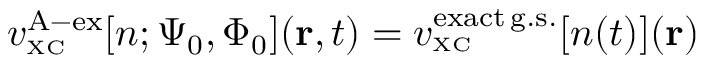
v _ { \scriptscriptstyle \mathrm { X C } } ^ { \mathrm { A - e x } } [ n ; \Psi _ { 0 } , \Phi _ { 0 } ] ( { \bf r } , t ) = v _ { \scriptscriptstyle \mathrm { X C } } ^ { \mathrm { e x a c t \, g . s . } } [ n ( t ) ] ( { \bf r } )